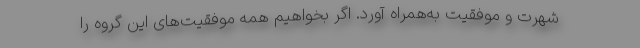
شهرت و موفقیت به‌همراه آورد. اگر بخواهیم همه موفقیت‌های این گروه را